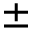
\pm